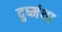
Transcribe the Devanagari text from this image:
दुष्मंथा